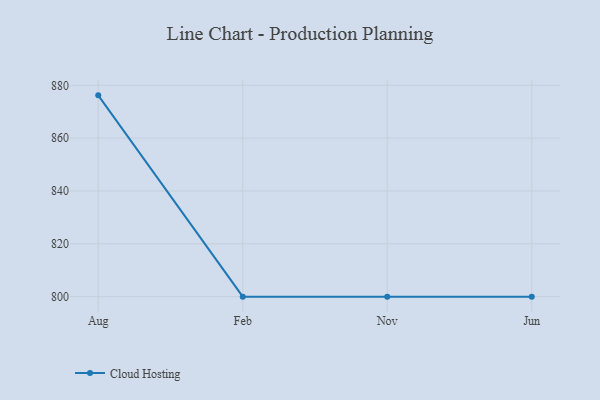
{"axis": {"x": "Month", "y": "Market Share (%)"}, "legend": ["Cloud Hosting"], "data": [{"x": "Aug", "y": 876.2, "type": "Cloud Hosting"}, {"x": "Feb", "y": 800, "type": "Cloud Hosting"}, {"x": "Nov", "y": 800, "type": "Cloud Hosting"}, {"x": "Jun", "y": 800, "type": "Cloud Hosting"}]}